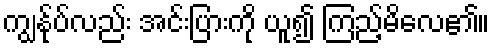
ကျွန်ုပ်လည်း အင်းပြားကို ယူ၍ ကြည့်မိလေ၏။